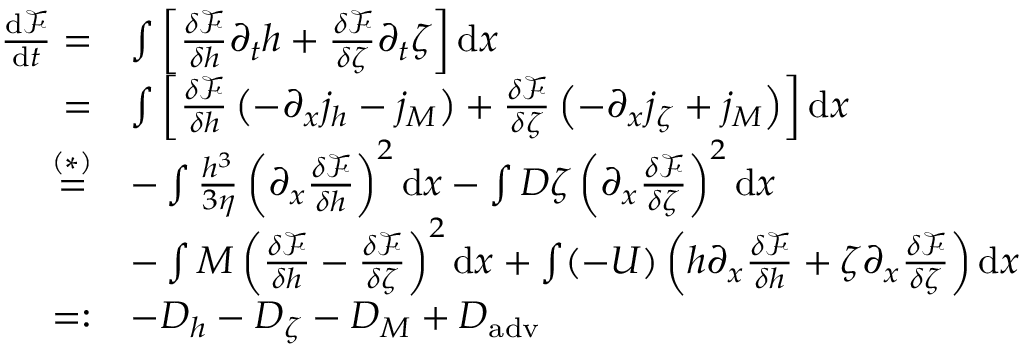
\begin{array} { r l } { \frac { \mathrm { d } \mathcal { F } } { \mathrm { d } t } = } & { \int \left[ \frac { \delta \mathcal { F } } { \delta h } \partial _ { t } h + \frac { \delta \mathcal { F } } { \delta \zeta } \partial _ { t } \zeta \right] \mathrm { d } x } \\ { = } & { \int \left[ \frac { \delta \mathcal { F } } { \delta h } \left( - \partial _ { x } j _ { h } - j _ { M } \right) + \frac { \delta \mathcal { F } } { \delta \zeta } \left( - \partial _ { x } j _ { \zeta } + j _ { M } \right) \right] \mathrm { d } x } \\ { \overset { ( * ) } { = } } & { - \int \frac { h ^ { 3 } } { 3 \eta } \left( \partial _ { x } \frac { \delta \mathcal { F } } { \delta h } \right) ^ { 2 } \mathrm { d } x - \int D \zeta \left( \partial _ { x } \frac { \delta \mathcal { F } } { \delta \zeta } \right) ^ { 2 } \mathrm { d } x } \\ & { - \int M \left( \frac { \delta \mathcal { F } } { \delta h } - \frac { \delta \mathcal { F } } { \delta \zeta } \right) ^ { 2 } \mathrm { d } x + \int ( - U ) \left( h \partial _ { x } \frac { \delta \mathcal { F } } { \delta h } + \zeta \partial _ { x } \frac { \delta \mathcal { F } } { \delta \zeta } \right) \mathrm { d } x } \\ { = : } & { - D _ { h } - D _ { \zeta } - D _ { M } + D _ { \mathrm { a d v } } \, } \end{array}